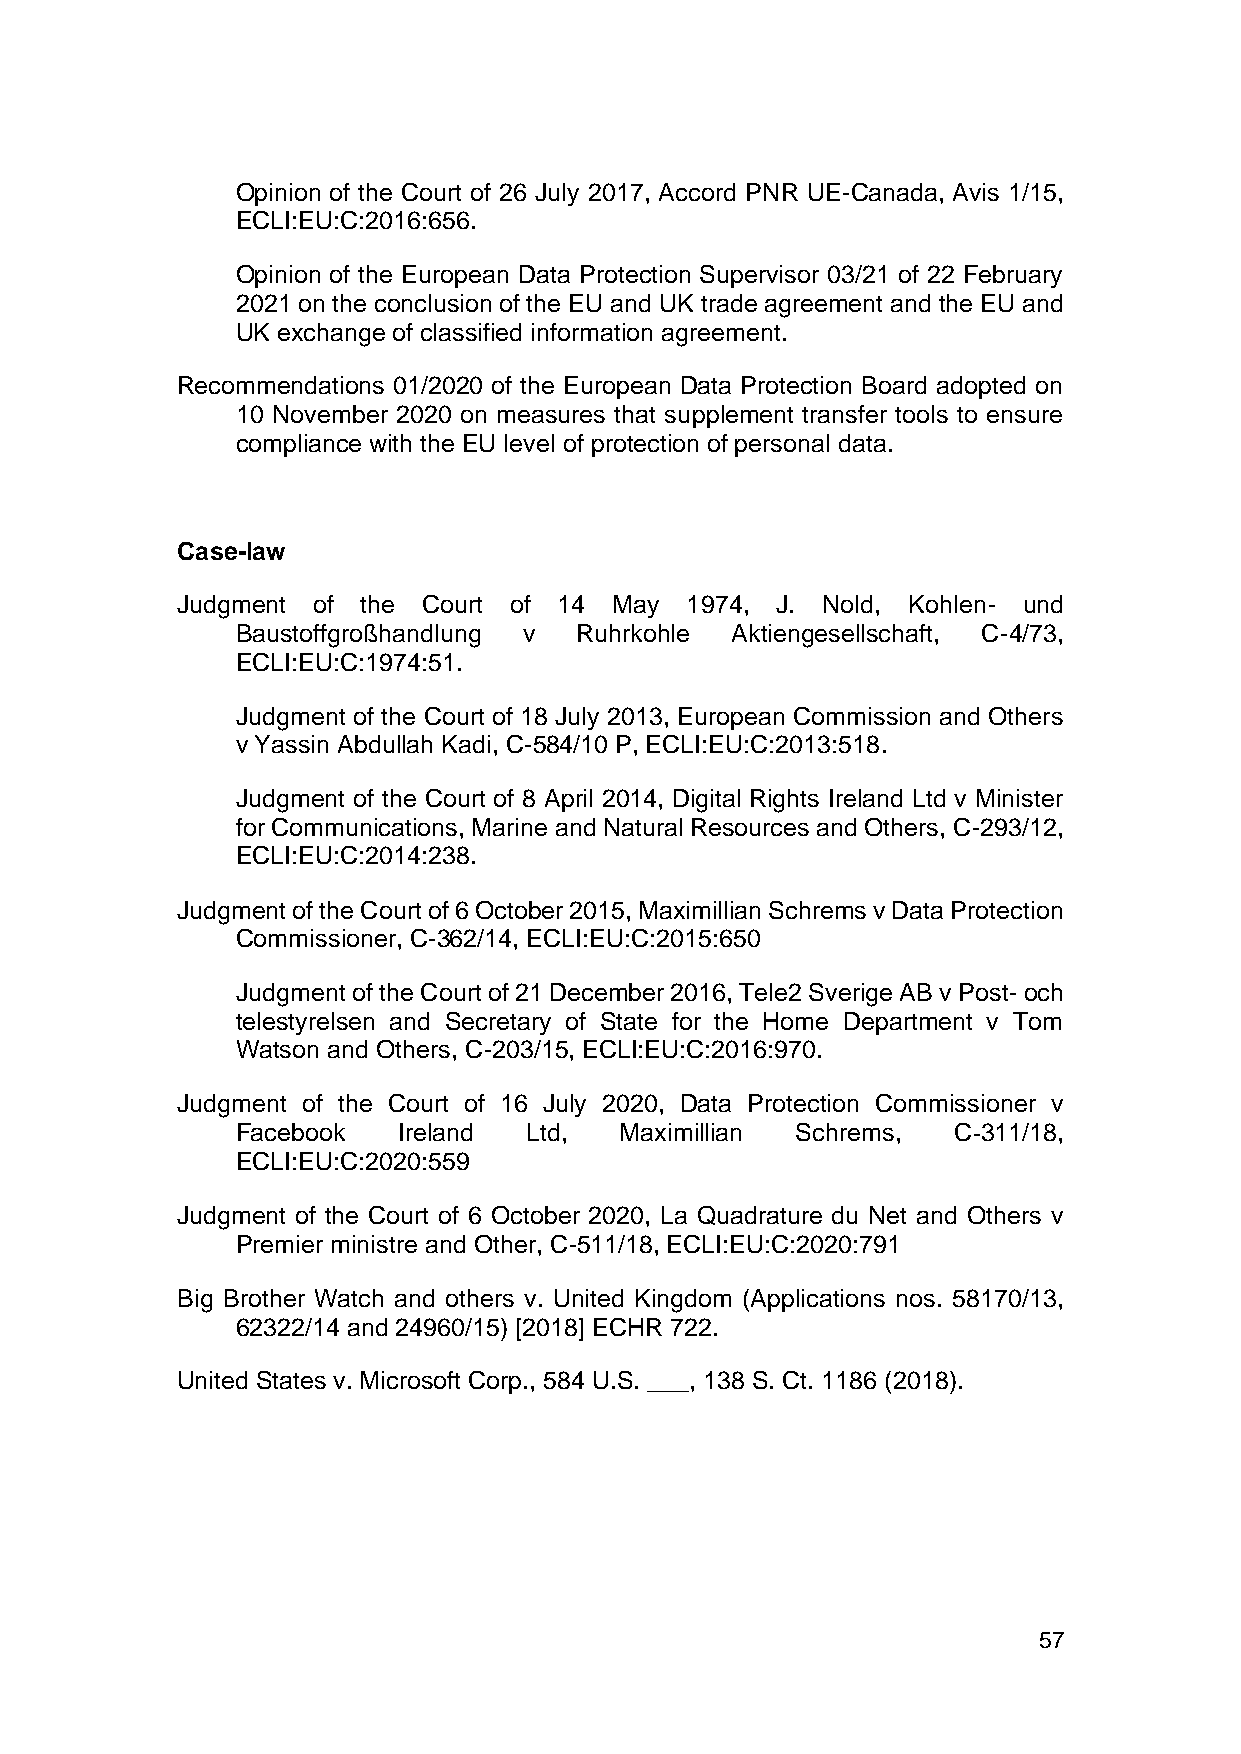
Opinion of the Court of 26 July 2017, Accord PNR UE-Canada, Avis 1/15,
 ECLI:EU:C:2016:656.
 Opinion of the European Data Protection Supervisor 03/21 of 22 February
 2021 on the conclusion of the EU and UK trade agreement and the EU and
 UK exchange of classified information agreement.
 Recommendations 01/2020 of the European Data Protection Board adopted on
 10 November 2020 on measures that supplement transfer tools to ensure
 compliance with the EU level of protection of personal data.
 Case-law
 Judgment of the Court of 14  May 1974, J. Nold, Kohlen- und
 Baustoffgroßhandlung v Ruhrkohle Aktiengesellschaft, C-4/73,
 ECLI:EU:C:1974:51.
 Judgment of the Court of 18 July 2013, European Commission and Others
 v Yassin Abdullah Kadi, C-584/10 P, ECLI:EU:C:2013:518.
 Judgment of the Court of 8 April 2014, Digital Rights Ireland Ltd v Minister
 for Communications, Marine and Natural Resources and Others, C-293/12,
 ECLI:EU:C:2014:238.
 Judgment of the Court of 6 October 2015, Maximillian Schrems v Data Protection
 Commissioner, C-362/14, ECLI:EU:C:2015:650
 Judgment of the Court of 21 December 2016, Tele2 Sverige AB v Post- och
 telestyrelsen and Secretary of State for the Home Department v Tom
 Watson and Others, C-203/15, ECLI:EU:C:2016:970.
 Judgment of the Court of 16 July 2020, Data Protection Commissioner v
 Facebook  Ireland  Ltd,  Maximillian Schrems,  C‑311/18,
 ECLI:EU:C:2020:559
 Judgment of the Court of 6 October 2020, La Quadrature du Net and Others v
 Premier ministre and Other, C-511/18, ECLI:EU:C:2020:791
 Big Brother Watch and others v. United Kingdom (Applications nos. 58170/13,
 62322/14 and 24960/15) [2018] ECHR 722.
 United States v. Microsoft Corp., 584 U.S. ___, 138 S. Ct. 1186 (2018).
 57